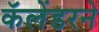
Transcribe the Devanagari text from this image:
कॅलेंडरने